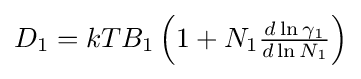
D_{1}=kTB_{1}\left(1+N_{1}{\tfrac {d\ln \gamma _{1}}{d\ln N_{1}}}\right)